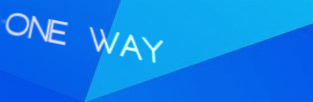
ONE WAY